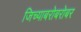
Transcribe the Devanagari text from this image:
जिच्याबरोबरोबर